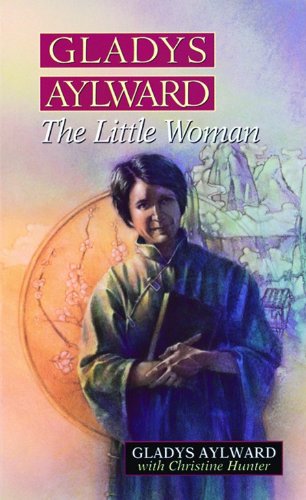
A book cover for Gladys Aylward: The Little Woman; Gladys Aylward; Biographies & Memoirs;